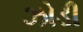
ઝોડી